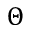
\Theta